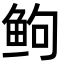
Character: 𬶋